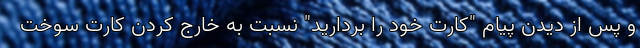
و پس از دیدن پیام "کارت خود را بردارید" نسبت به خارج کردن کارت سوخت